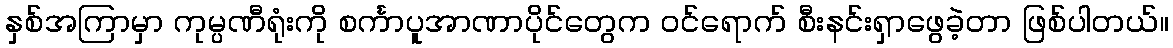
နှစ်အကြာမှာ ကုမ္ပဏီရုံးကို စင်္ကာပူအာဏာပိုင်တွေက ဝင်ရောက် စီးနင်းရှာဖွေခဲ့တာ ဖြစ်ပါတယ်။